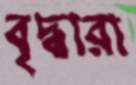
বৃদ্ধারা